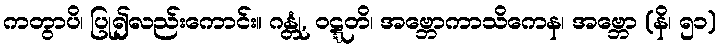
ကတွာပိ၊ ပြု၍လည်းကောင်း။ ဂန္တုံ, ဝဋ္ဋတိ၊ အဗ္ဘောကာသိကေန၊ အဗ္ဘော (နိ၊ ၅၁)